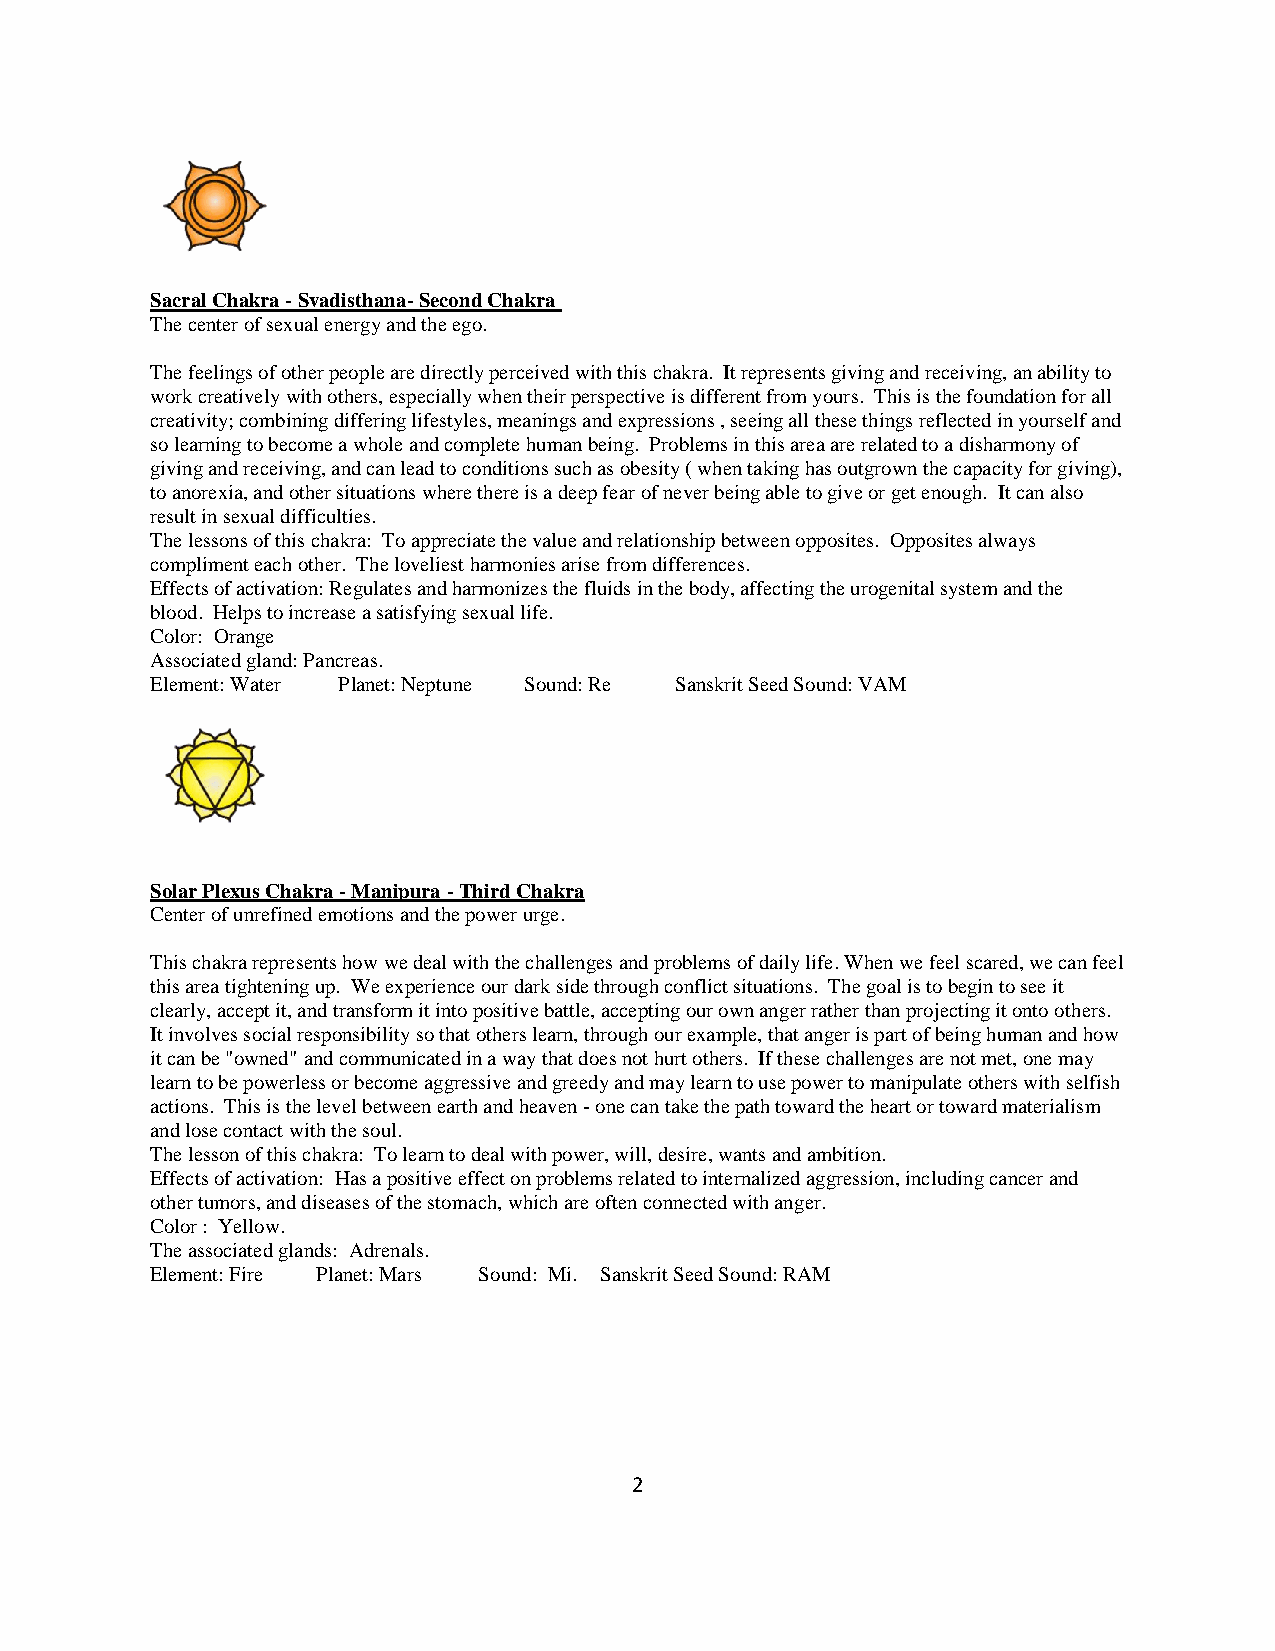
Sacral Chakra - Svadisthana- Second Chakra
 The center of sexual energy and the ego.
 The feelings of other people are directly perceived with this chakra. It represents giving and receiving, an ability to
 work creatively with others, especially when their perspective is different from yours. This is the foundation for all
 creativity; combining differing lifestyles, meanings and expressions , seeing all these things reflected in yourself and
 so learning to become a whole and complete human being. Problems in this area are related to a disharmony of
 giving and receiving, and can lead to conditions such as obesity ( when taking has outgrown the capacity for giving),
 to anorexia, and other situations where there is a deep fear of never being able to give or get enough. It can also
 result in sexual difficulties.
 The lessons of this chakra: To appreciate the value and relationship between opposites. Opposites always
 compliment each other. The loveliest harmonies arise from differences.
 Effects of activation: Regulates and harmonizes the fluids in the body, affecting the urogenital system and the
 blood. Helps to increase a satisfying sexual life.
 Color: Orange
 Associated gland: Pancreas.
 Element: Water Planet: Neptune Sound: Re Sanskrit Seed Sound: VAM
 Solar Plexus Chakra - Manipura - Third Chakra
 Center of unrefined emotions and the power urge.
 This chakra represents how we deal with the challenges and problems of daily life. When we feel scared, we can feel
 this area tightening up. We experience our dark side through conflict situations. The goal is to begin to see it
 clearly, accept it, and transform it into positive battle, accepting our own anger rather than projecting it onto others.
 It involves social responsibility so that others learn, through our example, that anger is part of being human and how
 it can be "owned" and communicated in a way that does not hurt others. If these challenges are not met, one may
 learn to be powerless or become aggressive and greedy and may learn to use power to manipulate others with selfish
 actions. This is the level between earth and heaven - one can take the path toward the heart or toward materialism
 and lose contact with the soul.
 The lesson of this chakra: To learn to deal with power, will, desire, wants and ambition.
 Effects of activation: Has a positive effect on problems related to internalized aggression, including cancer and
 other tumors, and diseases of the stomach, which are often connected with anger.
 Color : Yellow.
 The associated glands: Adrenals.
 Element: Fire Planet: Mars Sound: Mi. Sanskrit Seed Sound: RAM
 2